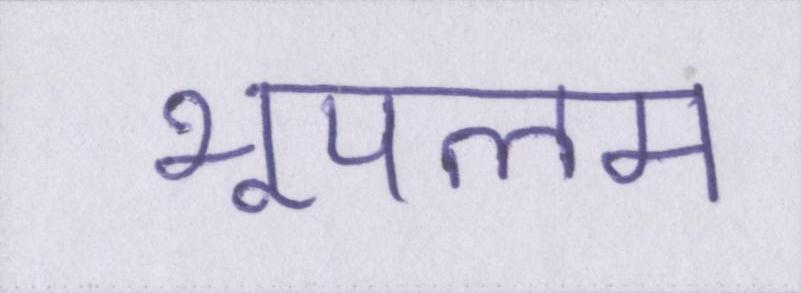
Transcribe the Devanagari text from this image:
भूपलम